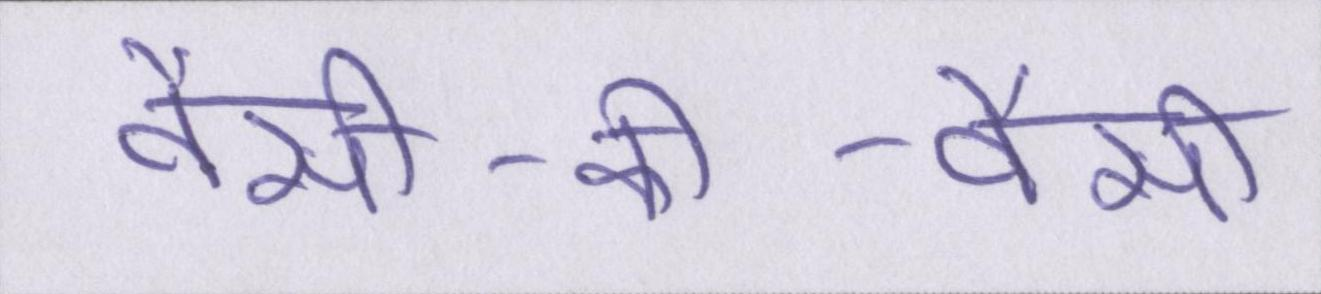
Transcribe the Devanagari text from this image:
वैसी-की-वैसी